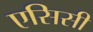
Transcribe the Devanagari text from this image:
एसिसी